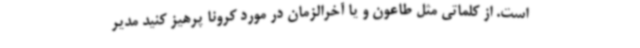
است. از کلماتی مثل طاعون و یا آخرالزمان در مورد کرونا پرهیز کنید مدیر